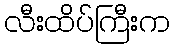
လီးထိပ်ကြီးက